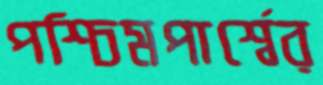
পশ্চিমপার্শ্বের